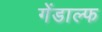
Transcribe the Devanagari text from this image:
गेंडाल्फ